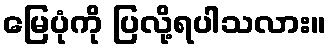
မြေပုံကို ပြလို့ရပါသလား။